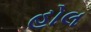
હોલ